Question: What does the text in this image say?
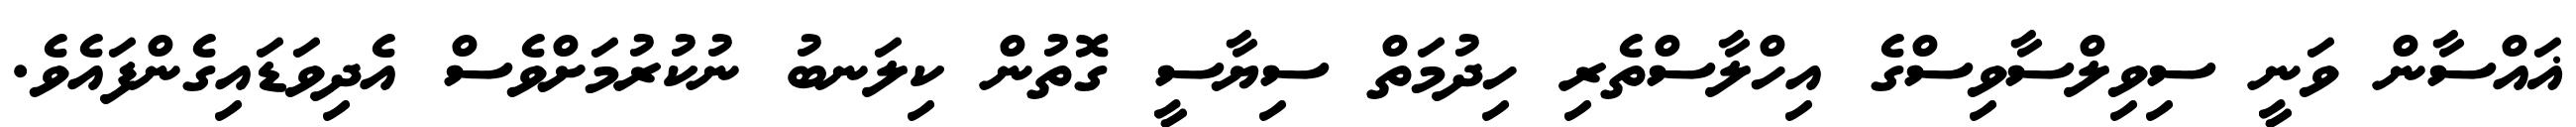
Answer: ޣައްސާން ވަނީ ސިވިލްސާވިސްގެ އިހްލާސްތެރި ހިދުމަތް ސިޔާސީ ގޮތުން ކިލަނބު ނުކުރުމަށްވެސް އެދިވަޑައިގެންފައެވެ.